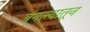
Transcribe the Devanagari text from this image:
बंगल्यातून